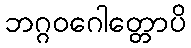
ဘဂ္ဂဝဂေါတ္တောပိ